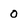
Character: 0